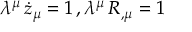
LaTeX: \lambda ^ { \mu } \, \dot { z } _ { \mu } = 1 \, , \lambda ^ { \mu } \, R _ { , \mu } = 1